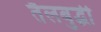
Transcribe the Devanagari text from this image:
तैलबुद्धी